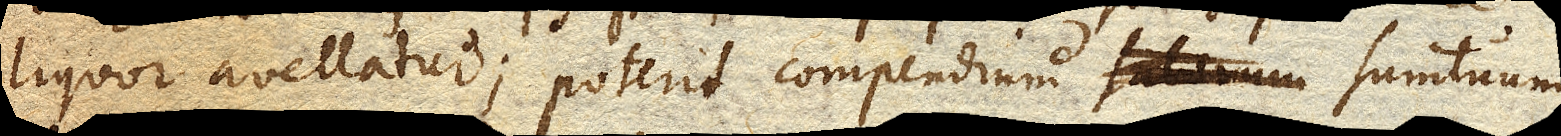
liquor avellatur; poterit compendium saltuum sumtuum